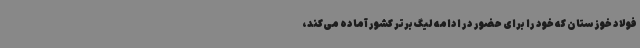
فولاد خوزستان که خود را برای حضور در ادامه لیگ برتر کشور آماده می‌کند،